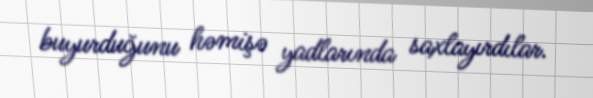
buyurduğunu həmişə yadlarında saxlayırdılar.